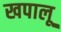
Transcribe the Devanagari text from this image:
खपालू